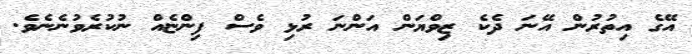
އޭގެ އިތުުރުން އޭނަ ދެކެ ޒިވްޔަން އަންނަ ރުޅި ވެސް ފިންޏެއް ނުކުރެވުނެނެވެ.